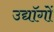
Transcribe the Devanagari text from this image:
उद्यॉगों